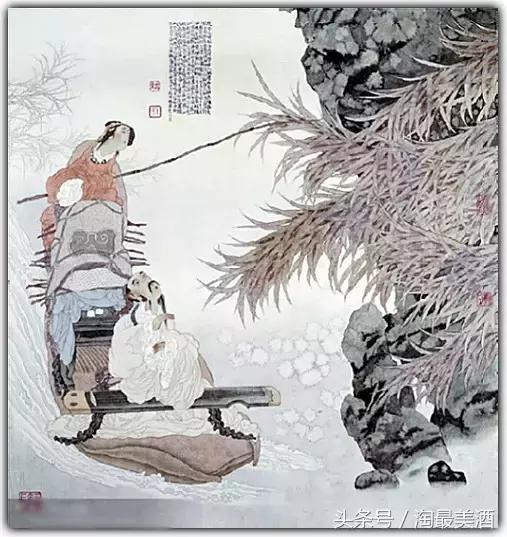
道傍榆荚仍似钱，摘来沽酒君肯否。